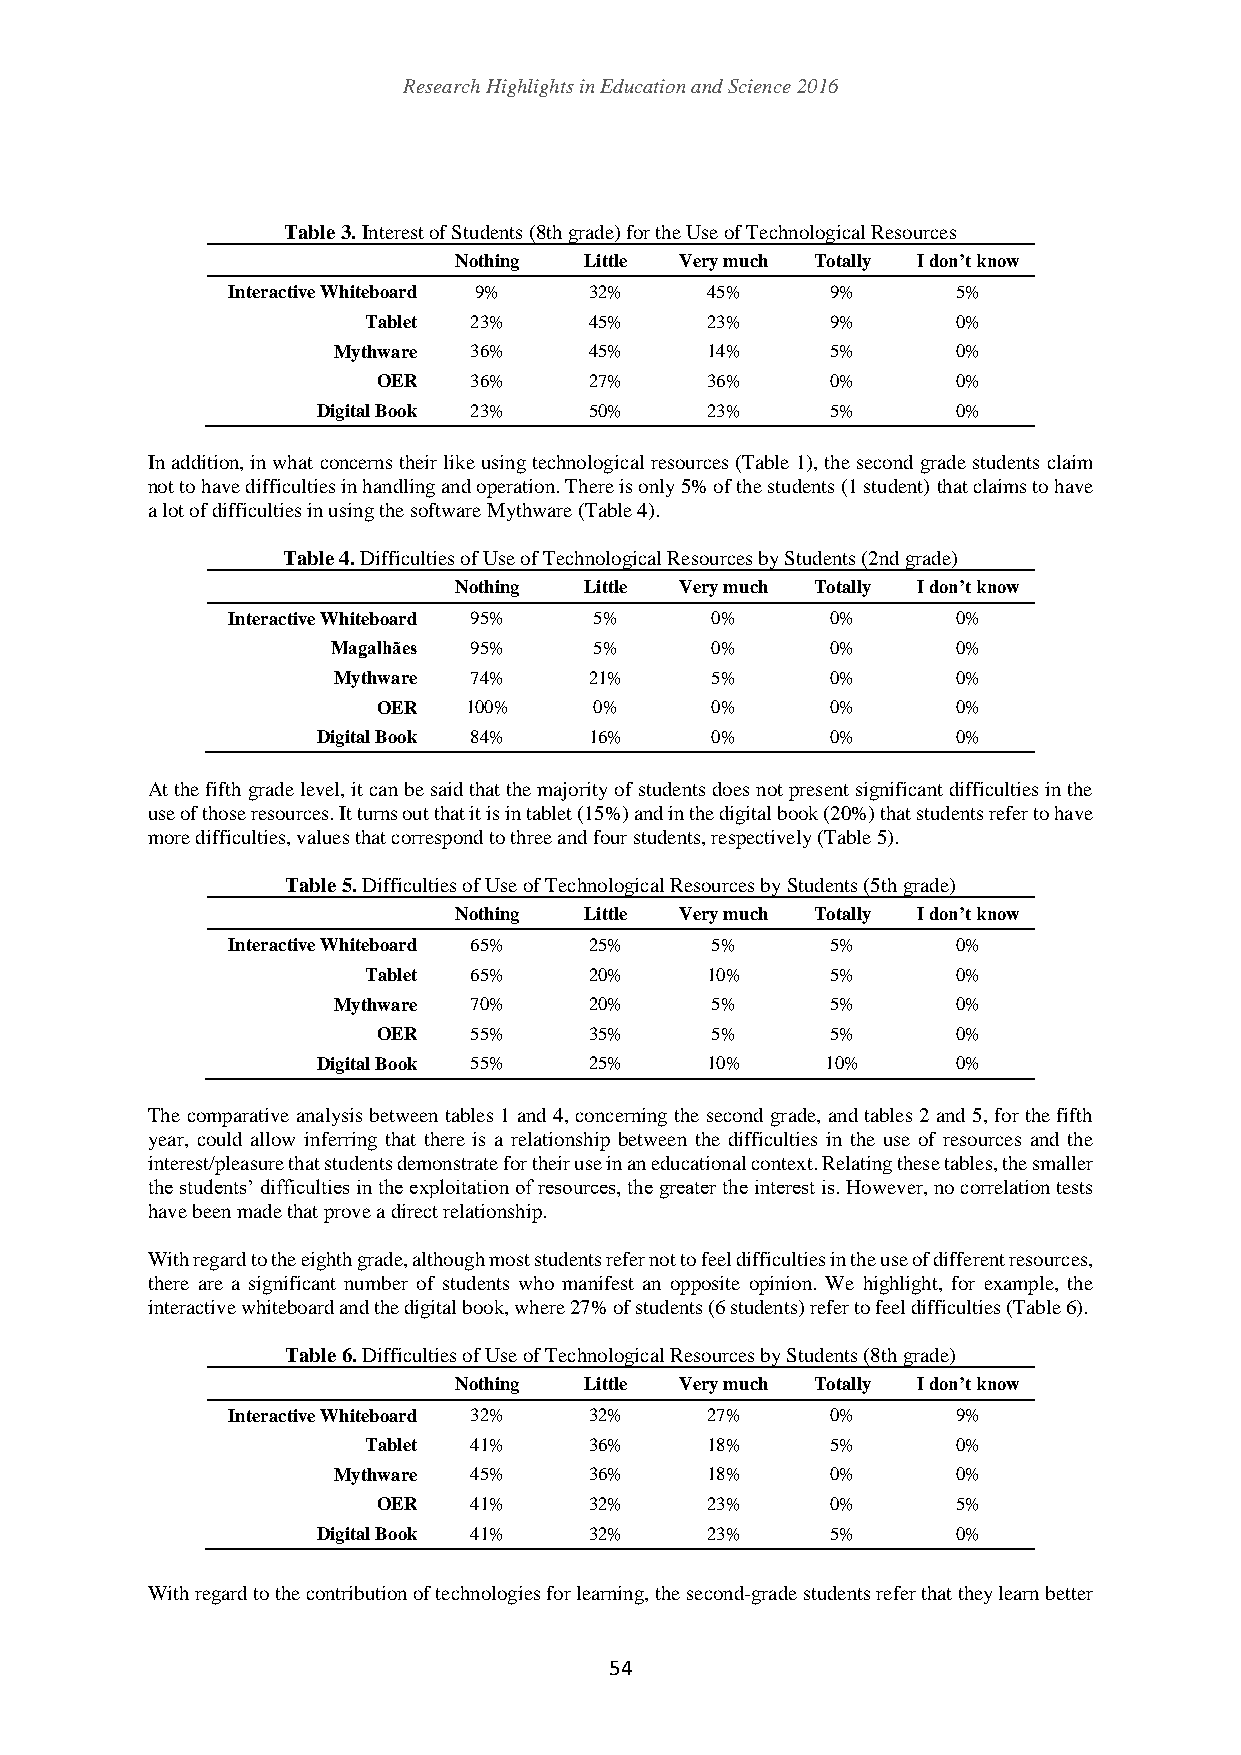
Research Highlights in Education and Science 2016
 Table 3. Interest of Students (8th grade) for the Use of Technological Resources
 Nothing  Little Very much Totally I don’t know
 Interactive Whiteboard 9% 32%   45%     9%      5%
 Tablet 23%     45%     23%     9%      0%
 Mythware 36%     45%     14%     5%      0%
 OER   36%     27%     36%     0%      0%
 Digital Book 23%  50%     23%     5%      0%
 In addition, in what concerns their like using technological resources (Table 1), the second grade students claim
 not to have difficulties in handling and operation. There is only 5% of the students (1 student) that claims to have
 a lot of difficulties in using the software Mythware (Table 4).
 Table 4. Difficulties of Use of Technological Resources by Students (2nd grade)
 Nothing  Little Very much Totally I don’t know
 Interactive Whiteboard 95% 5%   0%      0%      0%
 Magalhães 95%    5%      0%      0%      0%
 Mythware 74%     21%     5%      0%      0%
 OER   100%    0%      0%      0%      0%
 Digital Book 84%  16%     0%      0%      0%
 At the fifth grade level, it can be said that the majority of students does not present significant difficulties in the
 use of those resources. It turns out that it is in tablet (15%) and in the digital book (20%) that students refer to have
 more difficulties, values that correspond to three and four students, respectively (Table 5).
 Table 5. Difficulties of Use of Technological Resources by Students (5th grade)
 Nothing  Little Very much Totally I don’t know
 Interactive Whiteboard 65% 25%  5%      5%      0%
 Tablet 65%     20%     10%     5%      0%
 Mythware 70%     20%     5%      5%      0%
 OER   55%     35%     5%      5%      0%
 Digital Book 55%  25%     10%     10%     0%
 The comparative analysis between tables 1 and 4, concerning the second grade, and tables 2 and 5, for the fifth
 year, could allow inferring that there is a relationship between the difficulties in the use of resources and the
 interest/pleasure that students demonstrate for their use in an educational context. Relating these tables, the smaller
 the students’ difficulties in the exploitation of resources, the greater the interest is. However, no correlation tests
 have been made that prove a direct relationship.
 With regard to the eighth grade, although most students refer not to feel difficulties in the use of different resources,
 there are a significant number of students who manifest an opposite opinion. We highlight, for example, the
 interactive whiteboard and the digital book, where 27% of students (6 students) refer to feel difficulties (Table 6).
 Table 6. Difficulties of Use of Technological Resources by Students (8th grade)
 Nothing  Little Very much Totally I don’t know
 Interactive Whiteboard 32% 32%  27%     0%      9%
 Tablet 41%     36%     18%     5%      0%
 Mythware 45%     36%     18%     0%      0%
 OER   41%     32%     23%     0%      5%
 Digital Book 41%  32%     23%     5%      0%
 With regard to the contribution of technologies for learning, the second-grade students refer that they learn better
 54